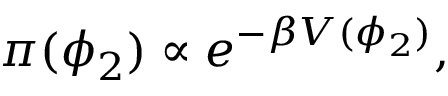
\begin{array} { r } { \pi ( \phi _ { 2 } ) \propto e ^ { - \beta V ( \phi _ { 2 } ) } , } \end{array}